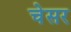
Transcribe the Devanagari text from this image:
चेसर